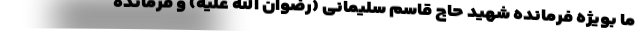
ما بویژه فرمانده شهید حاج قاسم سلیمانی (رضوان الله علیه) و فرمانده